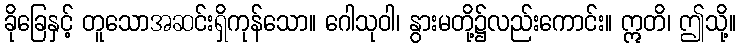
ခိုခြေနှင့် တူသောအဆင်းရှိကုန်သော။ ဂေါသုဝါ၊ နွားမတို့၌လည်းကောင်း။ ဣတိ၊ ဤသို့။